Report of the Indian Hemp Drugs Commission, 1894-1895 - Volume III
Year: 1894
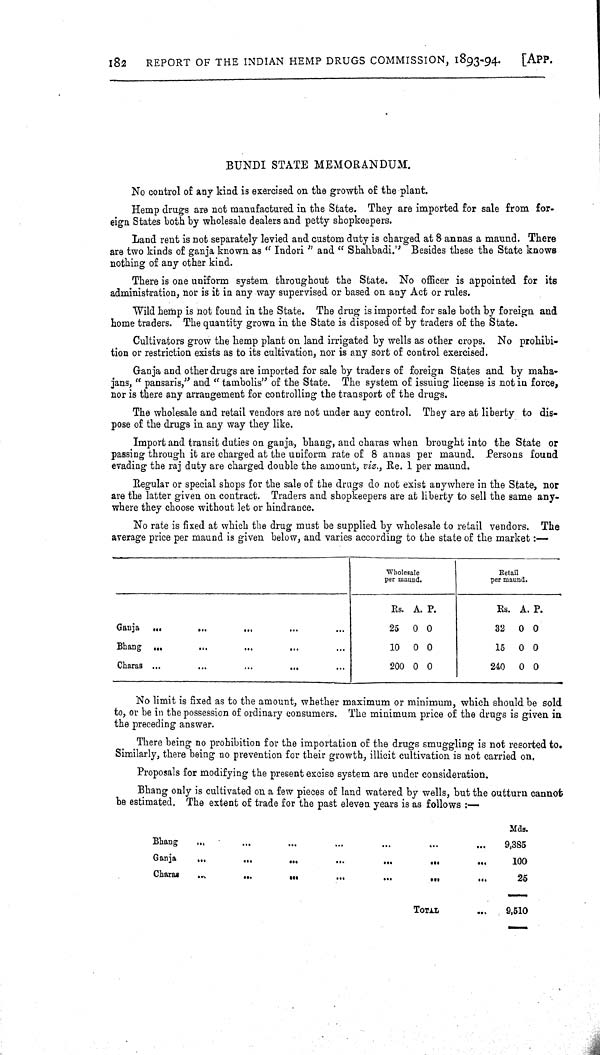
182
REPORT OF THE INDIAN HEMP DRUGS COMMISSION, 1893-94.
[APP.
BUNDI STATE MEMORANDUM.
No control of any kind is exercised on the growth of the plant.
Hemp drugs are not manufactured in the State. They are imported for sale from for-
eign States both by wholesale dealers and petty shopkeepers.
Land rent is not separately levied and custom duty is charged at 8 annas a maund. There
are two kinds of ganja known as "Indori" and "Shahbadi." Besides these the State knows
nothing of any other kind.
There is one uniform system throughout the State. No officer is appointed for its
administration, nor is it in any way supervised or based on any Act or rules.
Wild hemp is not found in the State. The drug is imported for sale both by foreign and
home traders. The quantity grown in the State is disposed of by traders of the State.
Cultivators grow the hemp plant on land irrigated by wells as other crops. No prohibi-
tion or restriction exists as to its cultivation, nor is any sort of control exercised.
Ganja and other drugs are imported for sale by traders of foreign States and by maha-
jans, " pansaris," and " tambolis" of the State. The system of issuing license is not in force,
nor is there any arrangement for controlling the transport of the drugs.
The wholesale and retail vendors are not under any control. They are at liberty to dis-
pose of the drugs in any way they like.
Import and transit duties on ganja, bhang, and charas when brought into the State or
passing through it are charged at the uniform rate of 8 annas per maund. Persons found
evading the raj duty are charged double the amount, viz., Re. 1 per maund.
Regular or special shops for the sale of the drugs do not exist anywhere in the State, nor
are the latter given on contract. Traders and shopkeepers are at liberty to sell the same any-
where they choose without let or hindrance.
No rate is fixed at which the drug must be supplied by wholesale to retail vendors. The
average price per maund is given below, and varies according to the state of the market:-
Wholesa
per mau
le
nd.
Retail
per maund.
Rs. A. P.
Rs. A. P.
Ganja
25 0 0
32 0 0
Bhang
10 0 0
15 0 0
Charas
200 0 0
240
0 0
No limit is fixed as to the amount, whether maximum or minimum, which should be sold
to, or be in the possession of ordinary consumers. The minimum price of the drugs is given in
the preceding answer.
There being no prohibition for the importation of the drugs smuggling is not resorted to.
Similarly, there being no prevention for their growth, illicit cultivation is not carried on.
Proposals for modifying the present excise system are under consideration.
Bhang only is cultivated on a few pieces of land watered by wells, but the outturn cannot
be estimated. The extent of trade for the past eleven years is as follows:—
Mds.
Bhang
9,385
Ganja
100
Charas
25
TOTAL
9,510